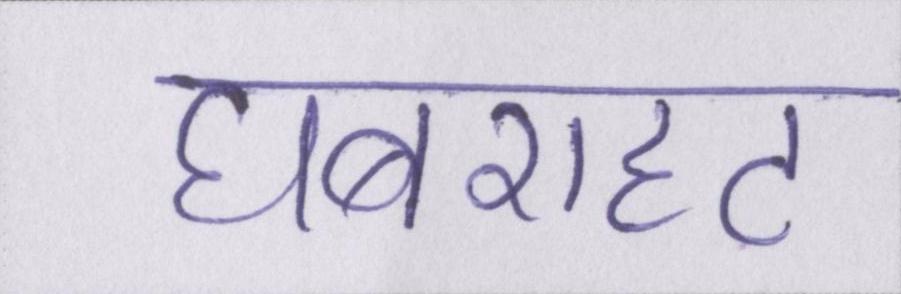
घबराहट